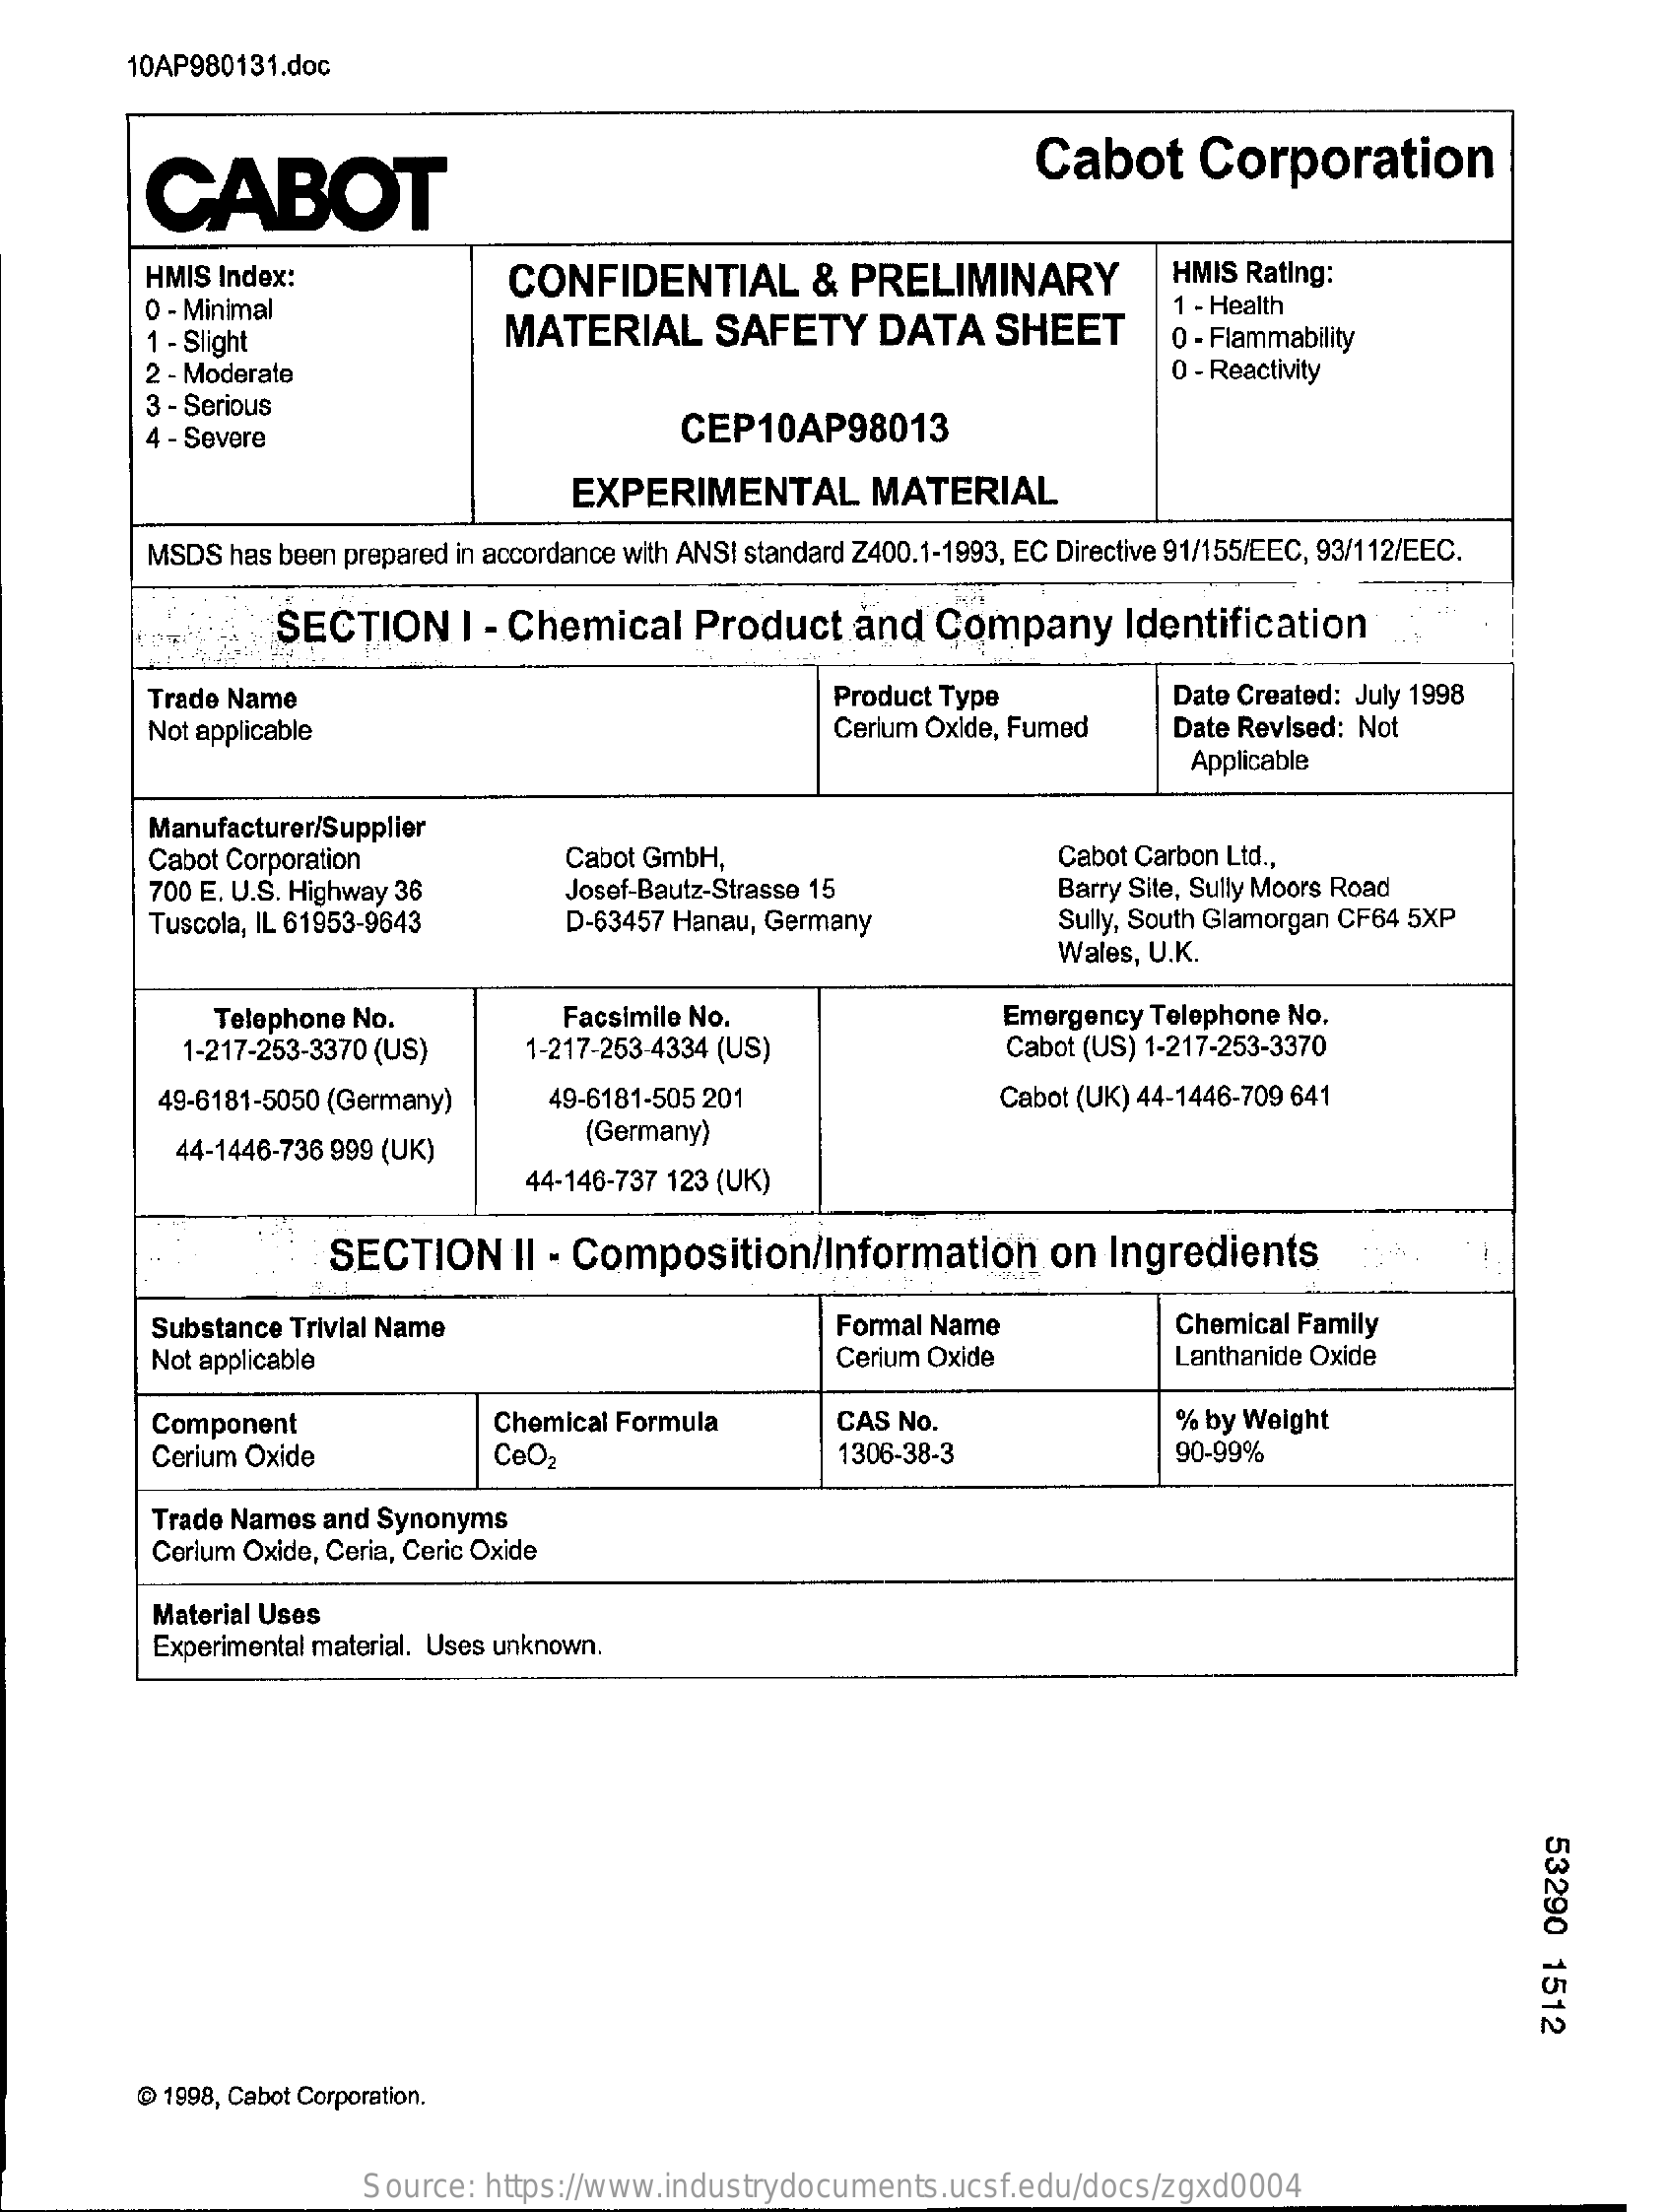
10AP980131.doc
     CABOT
     Cabot    Corporation
     HMIS Index:    CONFIDENTIAL    &  PRELIMINARY    HMIS Rating:
     0 - Minimal    1 - Health
     1 - Slight    MATERIAL    SAFETY    DATA    SHEET    0 - Flammability
     2 - Moderate    0 - Reactivity
     3 - Serious
     4 - Severe    CEP10AP98013
     EXPERIMENTAL    MATERIAL
     MSDS  has been prepared in accordance with ANS! standard Z400.1-1993, EC Directive 91/155/EEC, 93/112/EEC.
     SECTION    I - Chemical    Product    and   Company    Identification
     Trade Name    Product Type    Date Created: July 1998
     Not applicable    Cerium Oxide, Fumed    Date Revised: Not
     Applicable
     Manufacturer/Supplier
     Cabot Corporation    Cabot Carbon Ltd .,
     700 E. U.S. Highway 36
     Cabot GmbH,
     Josef-Bautz-Strasse 15
     Tuscola, IL 61953-9643    D-63457 Hanau, Germany
     Barry Site, Sully Moors Road
     Sully, South Glamorgan CF64 5XP
     Wales, U.K.
     Telephone No.    Facsimile No.
     1-217-253-3370 (US)    1-217-253-4334 (US)
     Emergency Telephone No.
     Cabot (US) 1-217-253-3370
     49-6181-5050 (Germany)    49-6181-505 201    Cabot (UK) 44-1446-709 641
     44-1446-736 999 (UK)
     (Germany)
     44-146-737 123 (UK)
     SECTION    II - Composition/Information    on  Ingredients
     Substance Trivial Name    Formal Name    Chemical Family
     Not applicable    Cerium Oxide    Lanthanide Oxide
     Component    Chemical Formula    CAS No.    % by Weight
     Cerium Oxide    CeO2    1306-38-3    90-99%
     Trade Names and Synonyms
     Cerium Oxide, Ceria, Ceric Oxide
     Material Uses
     Experimental material. Uses unknown.
     53290
     1512
     @ 1998, Cabot Corporation.
     Source: https://www.industrydocuments.ucsf.edu/docs/zgxd0004